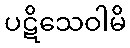
ပဋိသေဝါမိ